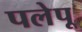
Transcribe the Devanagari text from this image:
पलेपू